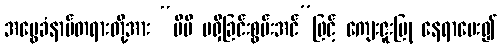
အမွေခံနာမ်တရားတို့အား “မိမိ မရှီခြင်းစွမ်းအင်”ဖြင့် ကျေးဇူးပြု နေရာပေး၍